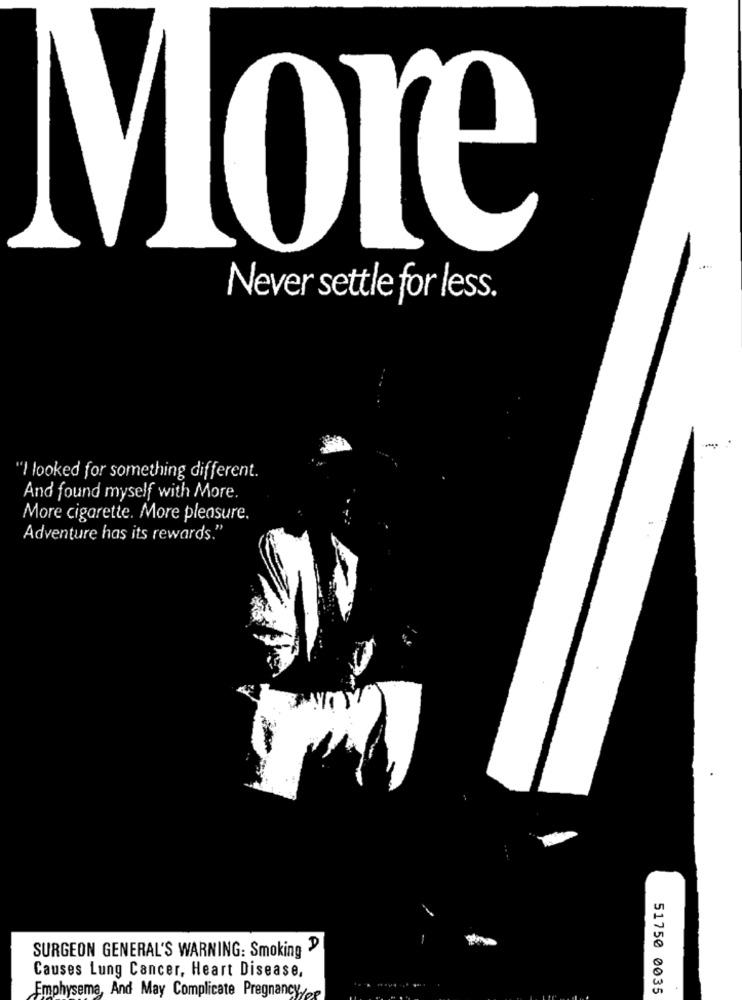
More
Never settle for less.
"I looked for something different.
And found myself with More.
More cigarette. More pleasure.
Adventure has its rewards.'
SURGEON GENERAL'S WARNING: Smoking "
Causes Lung Cancer, Heart Disease,
Emphysema, And May Complicate Pregnancy
51750 0035